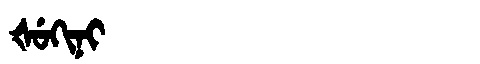
Manchu: ᡧᡠᡴᡳᠨᡳ
Romanization: ŠUKINI